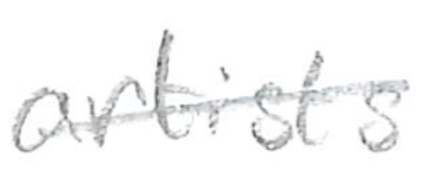
Text: artist's
Cross-out: single-line
Writing tool: pencil